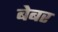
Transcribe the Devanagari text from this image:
बेबर